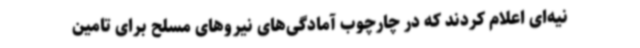
نیه‌ای اعلام کردند که در چارچوب آمادگی‌های نیروهای مسلح برای تامین